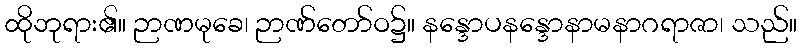
ထိုဘုရား၏။ ဉာဏမုခေ၊ ဉာဏ်တော်ဝ၌။ နန္ဒောပနန္ဒောနာမနာဂရာဇာ၊ သည်။